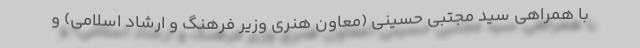
با همراهی سید مجتبی حسینی (معاون هنری وزیر فرهنگ و ارشاد اسلامی) و